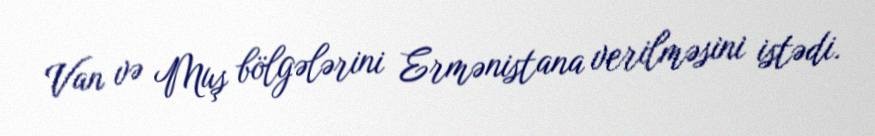
Van və Muş bölgələrini Ermənistana verilməsini istədi.